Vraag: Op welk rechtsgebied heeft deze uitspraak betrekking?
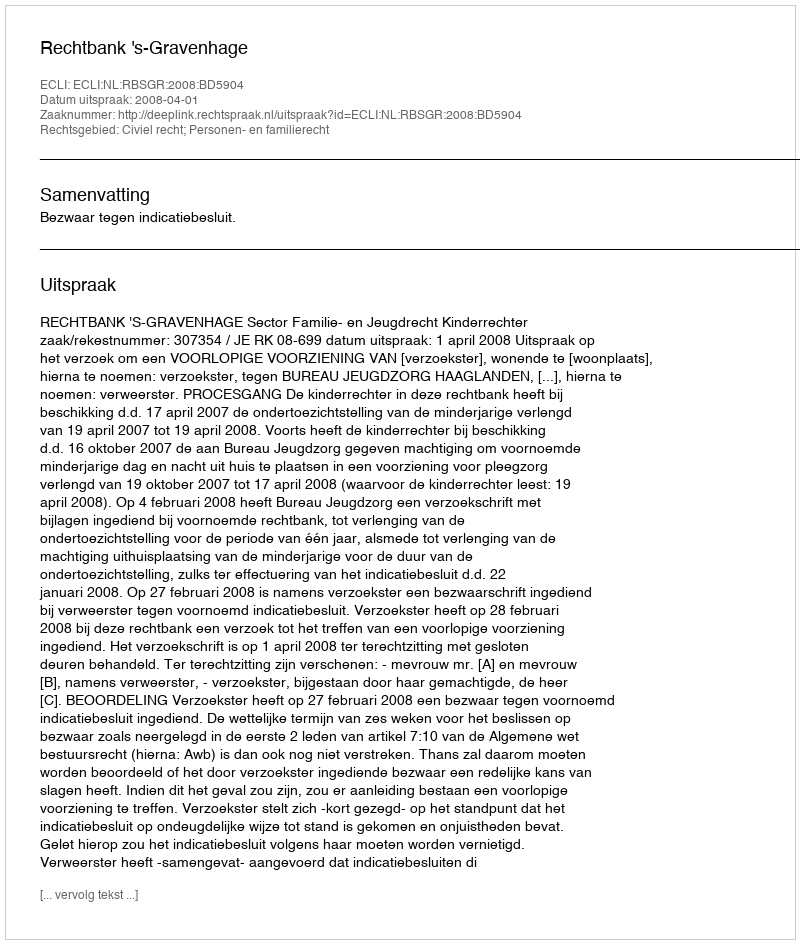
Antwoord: Civiel recht; Personen- en familierecht